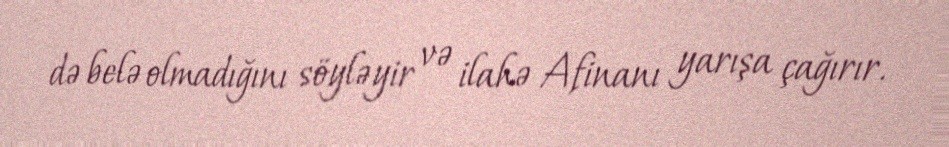
də belə olmadığını söyləyir və ilahə Afinanı yarışa çağırır.